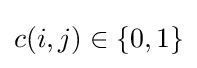
c(i,j)\in \{0,1\}